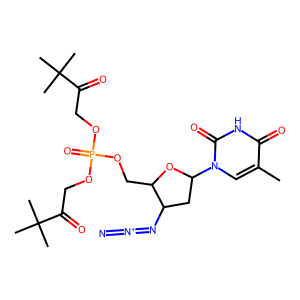
SMILES: Cc1cn(C2CC(N=[N+]=[N-])C(COP(=O)(OCC(=O)C(C)(C)C)OCC(=O)C(C)(C)C)O2)c(=O)[nH]c1=O
Inhibits HIV replication: Yes